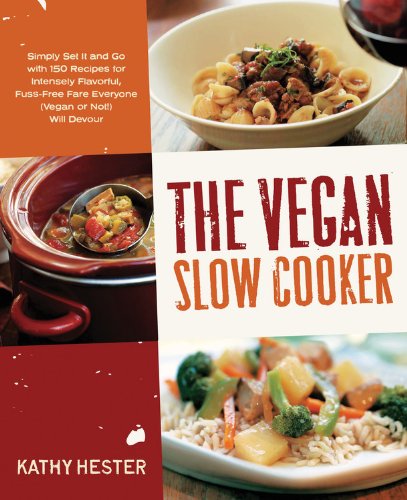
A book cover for The Vegan Slow Cooker: Simply Set It and Go with 150 Recipes for Intensely Flavorful, Fuss-Free Fare Everyone (Vegan or Not!) Will Devour; Kathy Hester; Cookbooks, Food & Wine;